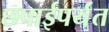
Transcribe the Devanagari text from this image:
छपाईपर्यंत